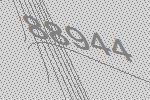
88944